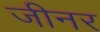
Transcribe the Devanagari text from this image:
जीनर